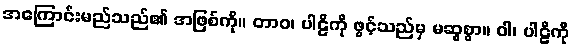
အကြောင်းမည်သည်၏ အဖြစ်ကို။ တာဝ၊ ပါဠိကို ဖွင့်သည်မှ မဆွစွာ။ ဝါ၊ ပါဠိကို